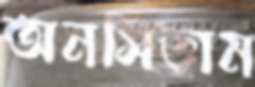
অনসিডাম